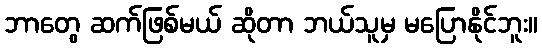
ဘာတွေ ဆက်ဖြစ်မယ် ဆိုတာ ဘယ်သူမှ မပြောနိုင်ဘူး။